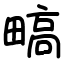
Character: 𬏐